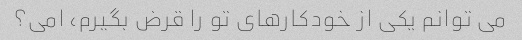
می توانم یکی از خودکارهای تو را قرض بگیرم، امی؟